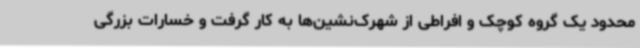
محدود یک گروه کوچک و افراطی از شهرک‌نشین‌ها به کار گرفت و خسارات بزرگی